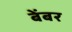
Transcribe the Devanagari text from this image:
बेंबर